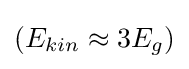
(E_{kin}\approx 3E_{g})